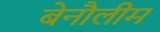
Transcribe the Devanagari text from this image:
बेनौलीम